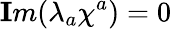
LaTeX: {\mathbf Im}(\lambda_{a}\chi^{a})=0